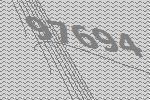
97694